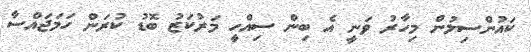
ކައުންސިލުން މިހާރު ވަނީ އެ ބިން ސިއްހީ މަރުކަޒު ބޮޑު ކުރަން ހަމަޖައްސާ